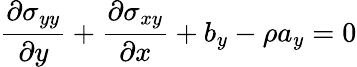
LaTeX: \frac{\partial\sigma_{yy}}{\partial y}+\frac{\partial\sigma_{xy}}{\partial x}+b_{y}-\rho a_{y}=0